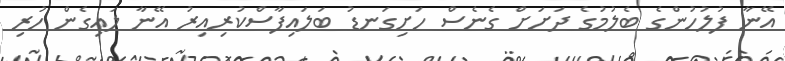
އޭނާ ފުލުހުންގެ ބެލުމުގެ ދަށަށް ގެނެސް ހަށިގަނޑު ބަލައިފާސްކުރިއިރު އޭނާ ލައިގެން ހުރި